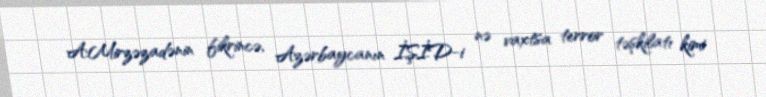
A.Mirzəzadənin fikrincə, Azərbaycanın İŞİD-i nə vaxtsa terror təşkilatı kimi